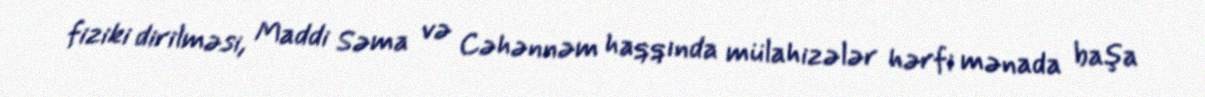
fiziki dirilməsi, Maddi Səma və Cəhənnəm haqqında mülahizələr hərfi mənada başa